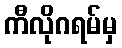
ကီလိုဂရမ်မှ